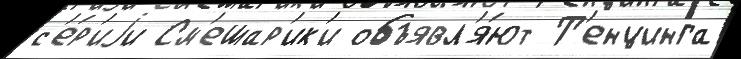
с'е́р'иjи См'ешар'ик'и объявл'я́ют Т'енцинга